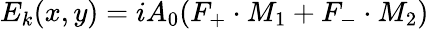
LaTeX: {E_{k}}(x,y)=iA_{0}({F_{+}}\cdot{M_{1}}+{F_{-}}\cdot{M_{2}})